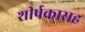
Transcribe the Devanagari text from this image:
शीर्षकासह